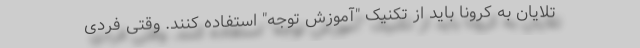
تلایان به کرونا باید از تکنیک "آموزش توجه" استفاده کنند. وقتی فردی